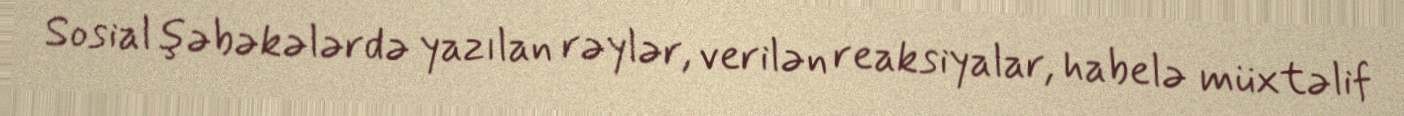
Sosial şəbəkələrdə yazılan rəylər, verilən reaksiyalar, habelə müxtəlif